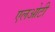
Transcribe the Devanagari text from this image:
एलओटी